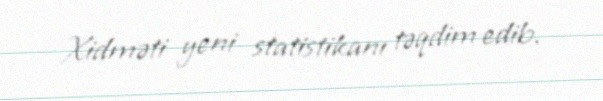
Xidməti yeni statistikanı təqdim edib.